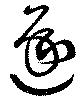
逐